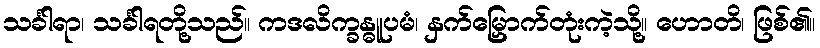
သင်္ခါရာ၊ သင်္ခါရတို့သည်။ ကဒလိက္ခန္ဓူပမံ၊ နှက်မြှောက်တုံးကဲ့သို့။ ဟောတိ၊ ဖြစ်၏။